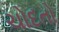
ચોદતો